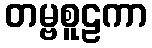
တမ္ဗစူဠကာ